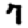
Digit: 7